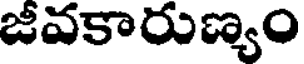
జీవకారుణ్యం